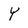
Character: Y